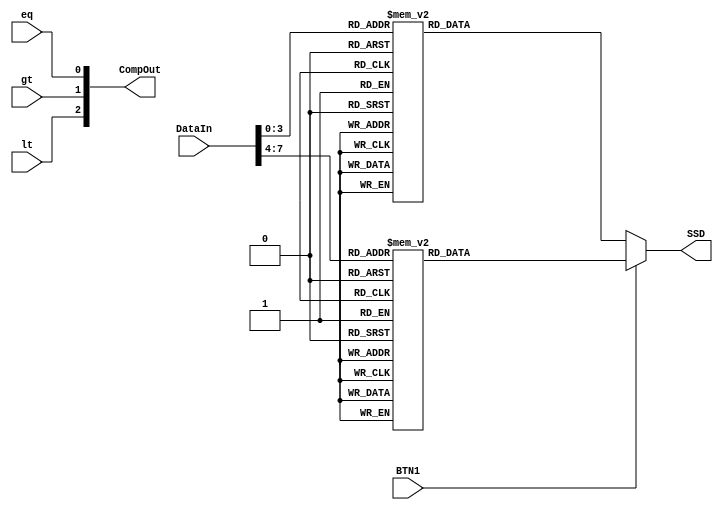
`timescale 1ns / 1ps
//////////////////////////////////////////////////////////////////////////////////
// Company: 
// Engineer: 
// 
// Create Date:    
// Design Name: 
// Module Name:    DisplayOut 
// Project Name: 
// Target Devices: 
// Tool versions: 
// Description: 
//
// Dependencies: 
//
// Revision: 
// Revision 0.01 - File Created
// Additional Comments: 
//
//////////////////////////////////////////////////////////////////////////////////
module DispOut(SSD,CompOut,DataIn,BTN1,lt,gt,eq);

	output reg[7:0]	SSD;
	output [2:0] CompOut; 
	input BTN1,lt,gt,eq;
	input  [8:0] 	DataIn;


// create the output as negative logic to assert the LEDS 
// Later this can become more elaborate to use 7-segments, LCDs, etc...
assign CompOut = {lt,gt,eq};

always @ (*)
begin
SSD[7] = DataIn[8];//dp
if(BTN1==0)
begin
case (DataIn[3:0])
//
4'b0000 : SSD = 7'b1000000;//0
4'b0001 : SSD = 7'b1111001;//1
4'b0010 : SSD = 7'b0100100;//2
4'b0011 : SSD = 7'b0110000;//3
4'b0100 : SSD = 7'b0011001;//4
4'b0101 : SSD = 7'b0010010;//5
4'b0110 : SSD = 7'b0000010;//6
4'b0111 : SSD = 7'b1111000;//7
4'b1000 : SSD = 7'b0000000;//8
4'b1001 : SSD = 7'b0010000;//9
4'b1010 : SSD = 7'b0001000;//A
4'b1011 : SSD = 7'b0000011;//b
4'b1100 : SSD = 7'b0100111;//c
4'b1101 : SSD = 7'b0100001;//d
4'b1110 : SSD = 7'b0000110;//E
4'b1111 : SSD = 7'b0001110;//F
default : SSD = 7'bx;
endcase
end
else
begin
case (DataIn[7:4])
//
4'b0000 : SSD = 7'b1000000;//0
4'b0001 : SSD = 7'b1111001;//1
4'b0010 : SSD = 7'b0100100;//2
4'b0011 : SSD = 7'b0110000;//3
4'b0100 : SSD = 7'b0011001;//4
4'b0101 : SSD = 7'b0010010;//5
4'b0110 : SSD = 7'b0000010;//6
4'b0111 : SSD = 7'b1111000;//7
4'b1000 : SSD = 7'b0000000;//8
4'b1001 : SSD = 7'b0010000;//9
4'b1010 : SSD = 7'b0001000;//A
4'b1011 : SSD = 7'b0000011;//b
4'b1100 : SSD = 7'b0100111;//c
4'b1101 : SSD = 7'b0100001;//d
4'b1110 : SSD = 7'b0000110;//E
4'b1111 : SSD = 7'b0001110;//F
default : SSD = 7'bx;
endcase
end
end

endmodule